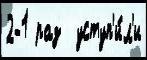
2-1 раз  уступ'и́л'и